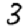
Digit: 3